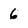
Character: 6